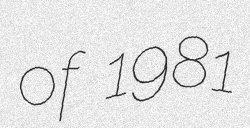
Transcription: of 1981